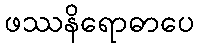
ဖဿနိရောဓာပေ